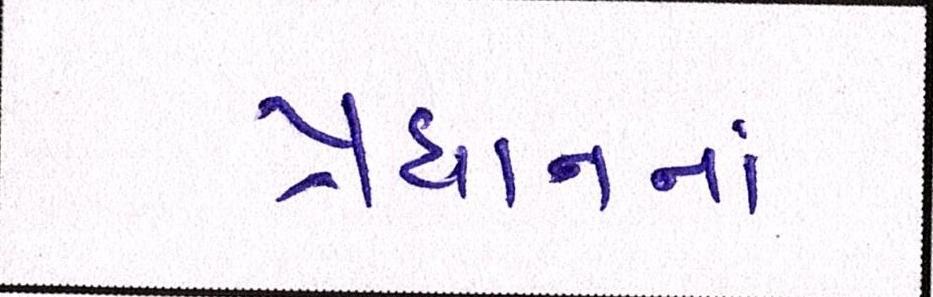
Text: પ્રધાનનાં